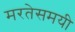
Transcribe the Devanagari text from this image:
मरतेसमयी